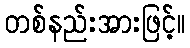
တစ်နည်းအားဖြင့်။